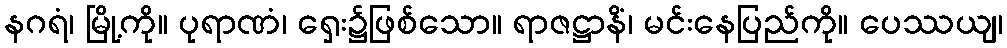
နဂရံ၊ မြို့ကို။ ပုရာဏံ၊ ရှေး၌ဖြစ်သော။ ရာဇဋ္ဌာနိံ၊ မင်းနေပြည်ကို။ ပေဿယျ၊